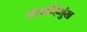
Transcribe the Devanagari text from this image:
अंतर्बहिर्मुख